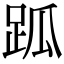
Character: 𧿼